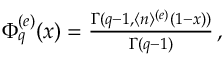
\begin{array} { r } { \Phi _ { q } ^ { ( e ) } ( x ) = \frac { \Gamma ( q - 1 , \langle n \rangle ^ { ( e ) } ( 1 - x ) ) } { \Gamma ( q - 1 ) } \, , } \end{array}